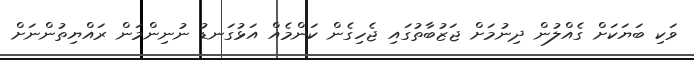
ވަކި ބަޔަކަށް ގެއްލުން ދިނުމަށް ޖަޒުބާތުގައި ޖެހިގެން ކަންމެއް އަޅުގަނޑު ނުނިންމަން ރައްޔިތުންނަށް